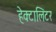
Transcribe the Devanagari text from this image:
हेक्टालिटर